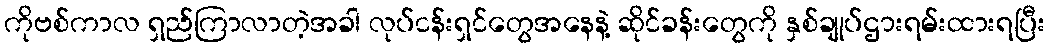
ကိုဗစ်ကာလ ရှည်ကြာလာတဲ့အခါ လုပ်ငန်းရှင်တွေအနေနဲ့ ဆိုင်ခန်းတွေကို နှစ်ချုပ်ဌားရမ်းထားရပြီး